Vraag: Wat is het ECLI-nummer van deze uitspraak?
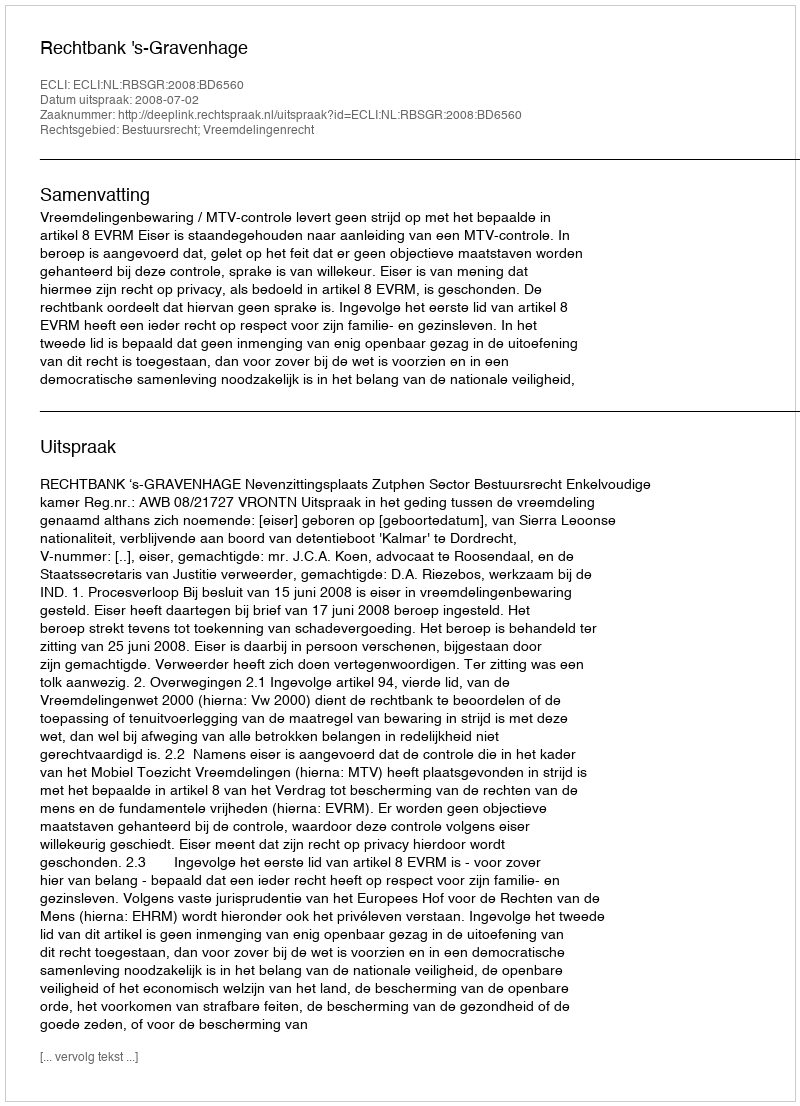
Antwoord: ECLI:NL:RBSGR:2008:BD6560